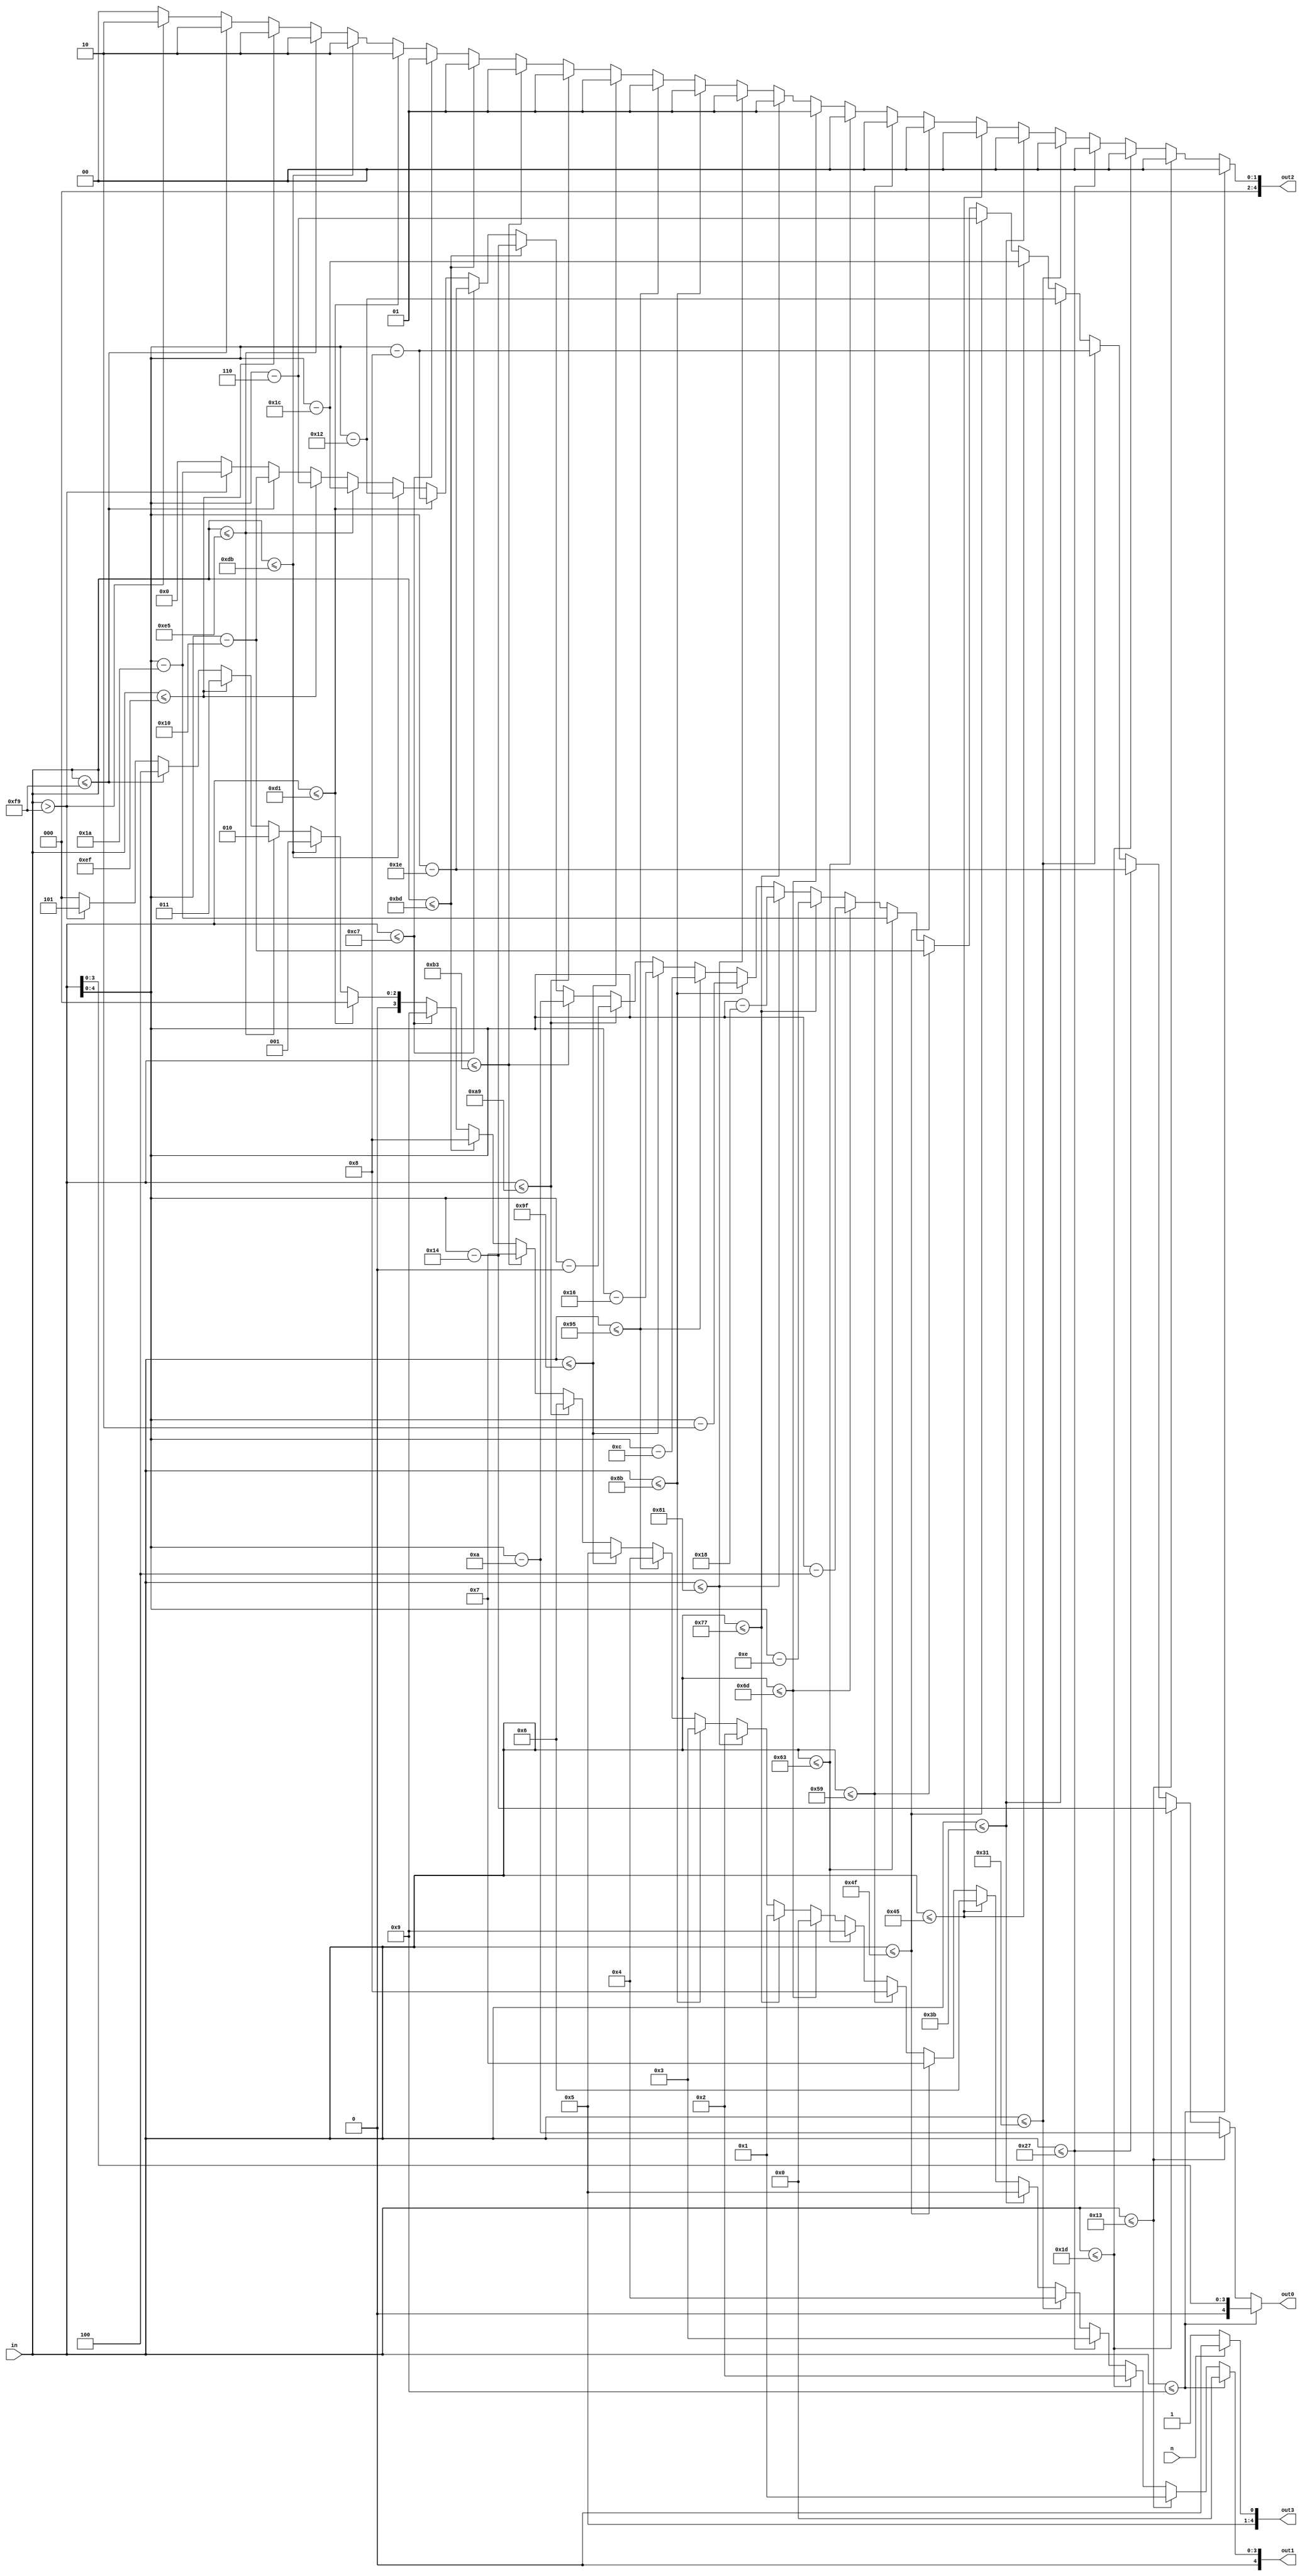
module dec_digit_3 (
    input [7:0] in,
    input n,
    output reg [4:0] out3,
    output reg [4:0] out2,
    output reg [4:0] out1,
    output reg [4:0] out0
  );
  
  
  
  always @* begin
    if (in <= 4'h9) begin
      out2 = 5'h00;
      out1 = 5'h00;
      out0 = in[0+3-:4];
    end else begin
      if (in <= 5'h13) begin
        out2 = 5'h00;
        out1 = 5'h01;
        out0 = in - 4'ha;
      end else begin
        if (in <= 5'h1d) begin
          out2 = 5'h00;
          out1 = 5'h02;
          out0 = in - 5'h14;
        end else begin
          if (in <= 6'h27) begin
            out2 = 5'h00;
            out1 = 5'h03;
            out0 = in - 5'h1e;
          end else begin
            if (in <= 6'h31) begin
              out2 = 5'h00;
              out1 = 5'h04;
              out0 = in - 6'h28;
            end else begin
              if (in <= 6'h3b) begin
                out2 = 5'h00;
                out1 = 5'h05;
                out0 = in - 6'h32;
              end else begin
                if (in <= 7'h45) begin
                  out2 = 5'h00;
                  out1 = 5'h06;
                  out0 = in - 6'h3c;
                end else begin
                  if (in <= 7'h4f) begin
                    out2 = 5'h00;
                    out1 = 5'h07;
                    out0 = in - 7'h46;
                  end else begin
                    if (in <= 7'h59) begin
                      out2 = 5'h00;
                      out1 = 5'h08;
                      out0 = in - 7'h50;
                    end else begin
                      if (in <= 7'h63) begin
                        out2 = 5'h00;
                        out1 = 5'h09;
                        out0 = in - 7'h5a;
                      end else begin
                        if (in <= 7'h6d) begin
                          out2 = 5'h01;
                          out1 = 5'h00;
                          out0 = in - 7'h64;
                        end else begin
                          if (in <= 7'h77) begin
                            out2 = 5'h01;
                            out1 = 5'h01;
                            out0 = in - 7'h6e;
                          end else begin
                            if (in <= 8'h81) begin
                              out2 = 5'h01;
                              out1 = 5'h02;
                              out0 = in - 7'h78;
                            end else begin
                              if (in <= 8'h8b) begin
                                out2 = 5'h01;
                                out1 = 5'h03;
                                out0 = in - 8'h82;
                              end else begin
                                if (in <= 8'h95) begin
                                  out2 = 5'h01;
                                  out1 = 5'h04;
                                  out0 = in - 8'h8c;
                                end else begin
                                  if (in <= 8'h9f) begin
                                    out2 = 5'h01;
                                    out1 = 5'h05;
                                    out0 = in - 8'h96;
                                  end else begin
                                    if (in <= 8'ha9) begin
                                      out2 = 5'h01;
                                      out1 = 5'h06;
                                      out0 = in - 8'ha0;
                                    end else begin
                                      if (in <= 8'hb3) begin
                                        out2 = 5'h01;
                                        out1 = 5'h07;
                                        out0 = in - 8'haa;
                                      end else begin
                                        if (in <= 8'hbd) begin
                                          out2 = 5'h01;
                                          out1 = 5'h08;
                                          out0 = in - 8'hb4;
                                        end else begin
                                          if (in <= 8'hc7) begin
                                            out2 = 5'h01;
                                            out1 = 5'h09;
                                            out0 = in - 8'hbe;
                                          end else begin
                                            if (in <= 8'hd1) begin
                                              out2 = 5'h02;
                                              out1 = 5'h00;
                                              out0 = in - 8'hc8;
                                            end else begin
                                              if (in <= 8'hdb) begin
                                                out2 = 5'h02;
                                                out1 = 5'h01;
                                                out0 = in - 8'hd2;
                                              end else begin
                                                if (in <= 8'he5) begin
                                                  out2 = 5'h02;
                                                  out1 = 5'h02;
                                                  out0 = in - 8'hdc;
                                                end else begin
                                                  if (in <= 8'hef) begin
                                                    out2 = 5'h02;
                                                    out1 = 5'h03;
                                                    out0 = in - 8'he6;
                                                  end else begin
                                                    if (in <= 8'hf9) begin
                                                      out2 = 5'h02;
                                                      out1 = 5'h04;
                                                      out0 = in - 8'hf0;
                                                    end else begin
                                                      if (in > 8'hf9) begin
                                                        out2 = 5'h02;
                                                        out1 = 5'h05;
                                                        out0 = in - 8'hfa;
                                                      end else begin
                                                        out2 = 1'h0;
                                                        out1 = 1'h0;
                                                        out0 = 1'h0;
                                                      end
                                                    end
                                                  end
                                                end
                                              end
                                            end
                                          end
                                        end
                                      end
                                    end
                                  end
                                end
                              end
                            end
                          end
                        end
                      end
                    end
                  end
                end
              end
            end
          end
        end
      end
    end
    if (n == 1'h1) begin
      out3 = 5'h0a;
    end else begin
      out3 = 5'h0b;
    end
  end
endmodule